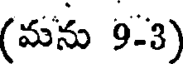
(మను 9-3)